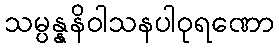
သမ္ပန္နနိဝါသနပါဝုရဏော